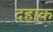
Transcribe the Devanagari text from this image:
दहाक